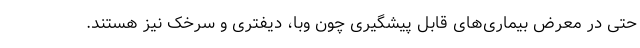
حتی در معرض بیماری‌های قابل پیشگیری چون وبا، دیفتری و سرخک نیز هستند.